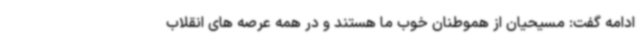
ادامه گفت: مسیحیان از هموطنان خوب ما هستند و در همه عرصه های انقلاب